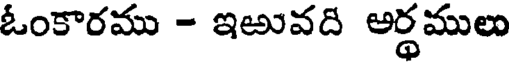
ఓంకారము - ఇఱువది ఆర్థములు